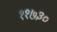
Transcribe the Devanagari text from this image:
११७३०